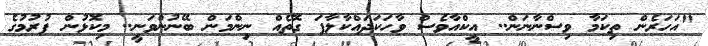
"އަހަރެން ތިކަމާ ވިސްނާނަން.. އީކްއާވެސް ވާހަކަދައްކާލާފަ ގޮތެއް ނިންމަން ބޭނުންވަނީ.. މިކޮޅުން ފުރުމުގެ